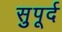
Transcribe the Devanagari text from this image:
सुुपूर्द